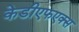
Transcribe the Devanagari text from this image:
केडीएफएक्स